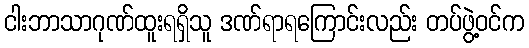
ငါးဘာသာဂုဏ်ထူးရရှိသူ ဒဏ်ရာရကြောင်းလည်း တပ်ဖွဲ့ဝင်က